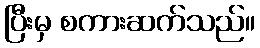
ပြီးမှ စကားဆက်သည်။